Civil Veterinary Dept. Bombay admin report 1923-31 - 1923-1931
Year: 1923
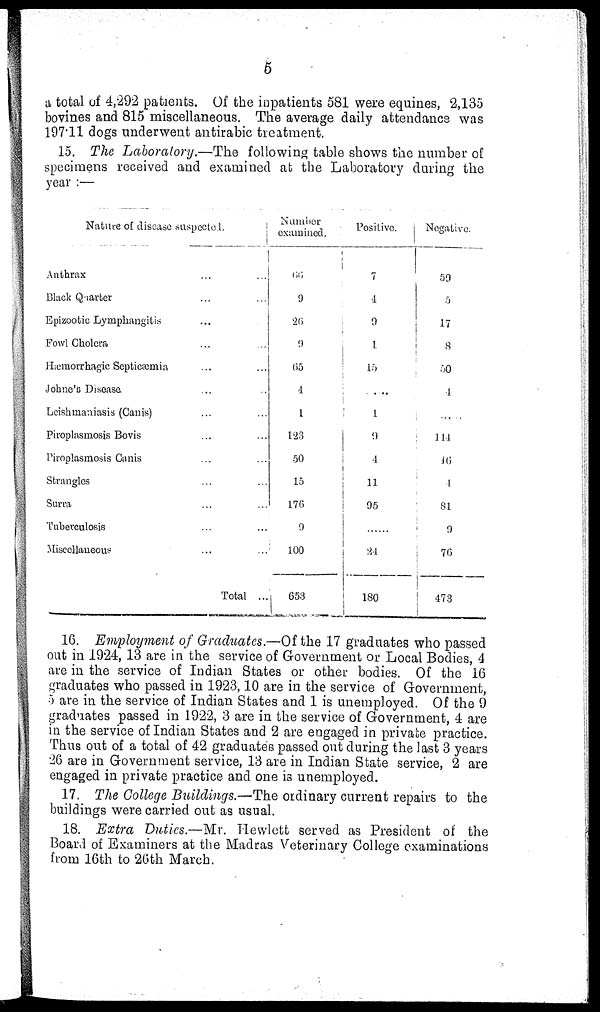
5
a total of 4,292 patients. Of the inpatients 581 were equines, 2,135
bovines and 815 miscellaneous. The average daily attendance was
197.11 dogs underwent antirabic treatment.
15. The Laboratory.—The following table shows the number of
specimens received and examined at the Laboratory during the
year :—
Nature of disease suspected.
Anthrax ... ...
Black Quarter ... ...
Epizootic Lymphangitis ... ...
Fowl Cholera ... ...
Hæmorrhagic Septicæmia ... ...
Johne's Disease ... ...
Leishmaniasis (Canis) ... ...
Piroplasmosis Bovis ... ...
Piroplasmosis Canis ... ...
Strangles ... ...
Surra ... ...
Tuberculosis ... ...
Miscellaneous ... ...
Total ...
Number
examined.
66
9
26
9
65
4
1
123
50
15
176
9
100
653
Positive.
7
4
9
1
15
...
1
9
4
11
95
...
24
180
Negative.
59
5
17
8
50
4
......
114
16
4
81
9
76
473
16. Employment of Graduates.—Of the 17 graduates who passed
out in 1924, 13 are in the service of Government or Local Bodies, 4
are in the service of Indian States or other bodies. Of the 16
graduates who passed in 1923, 10 are in the service of Government,
5 are in the service of Indian States and 1 is unemployed. Of the 9
graduates passed in 1922, 3 are in the service of Government, 4 are
in the service of Indian States and 2 are engaged in private practice.
Thus out of a total of 42 graduate's passed out during the last 3 years
26 are in Government service, 13 are in Indian State service, 2 are
engaged in private practice and one is unemployed.
17. The College Buildings.—The ordinary current repairs to the
buildings were carried out as usual.
18. Extra Duties.—Mr. Hewlett served as President of the
Board of Examiners at the Madras Veterinary College examinations
from 16th to 26th March.